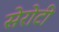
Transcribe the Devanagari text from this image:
सेरोटी